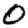
Digit: 0